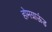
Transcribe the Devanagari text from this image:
होमग्राऊंड